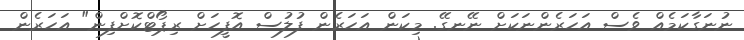
ނުނަގާކަމެއް ވެސް އަހަރެންނަކަށް ނޭނގޭ. މިކަން އަހަރެން ފުލުސް އޮފީހަށް ރިޕޯޓްކޮށްފިން" އަހަރެން